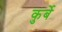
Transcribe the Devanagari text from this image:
कुर्बे